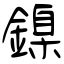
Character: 鎳